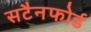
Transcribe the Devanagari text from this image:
सटैनफोर्ड